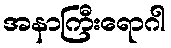
အနာကြီးရောဂါ